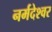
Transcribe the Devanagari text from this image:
नर्मदेश्‍वर